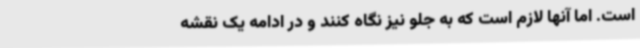
است. اما آنها لازم است که به جلو نیز نگاه کنند و در ادامه یک نقشه